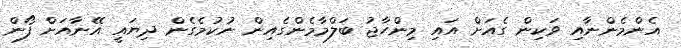
އެންމެންނާއި ވަކިން ގެއަށް އައި މިންހާޖު ބަލްމާމެންގެއިން ނުކުމެގެން ދިޔައީ އޭނާއަށް ފޯން